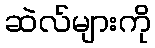
ဆဲလ်များကို